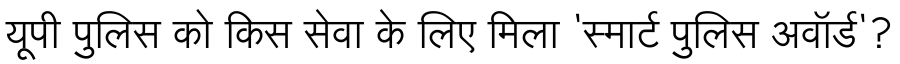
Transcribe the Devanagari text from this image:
यूपी पुलिस को किस सेवा के लिए मिला 'स्मार्ट पुलिस अवॉर्ड'?